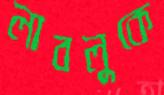
লাবলুকে